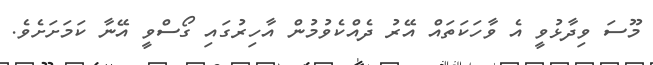
މޫސަ ވިދާޅުވީ އެ ވާހަކަތައް އޭރު ދެއްކެވުމުން އާހިރުގައި ގޯސްވީ އޭނާ ކަމަށަށެވެ.